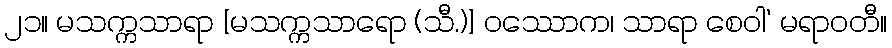
၂၁။ မသက္ကသာရာ [မသက္ကသာရော (သီ.)] ဝဿောက၊ သာရာ စေဝါ’ မရာဝတီ။